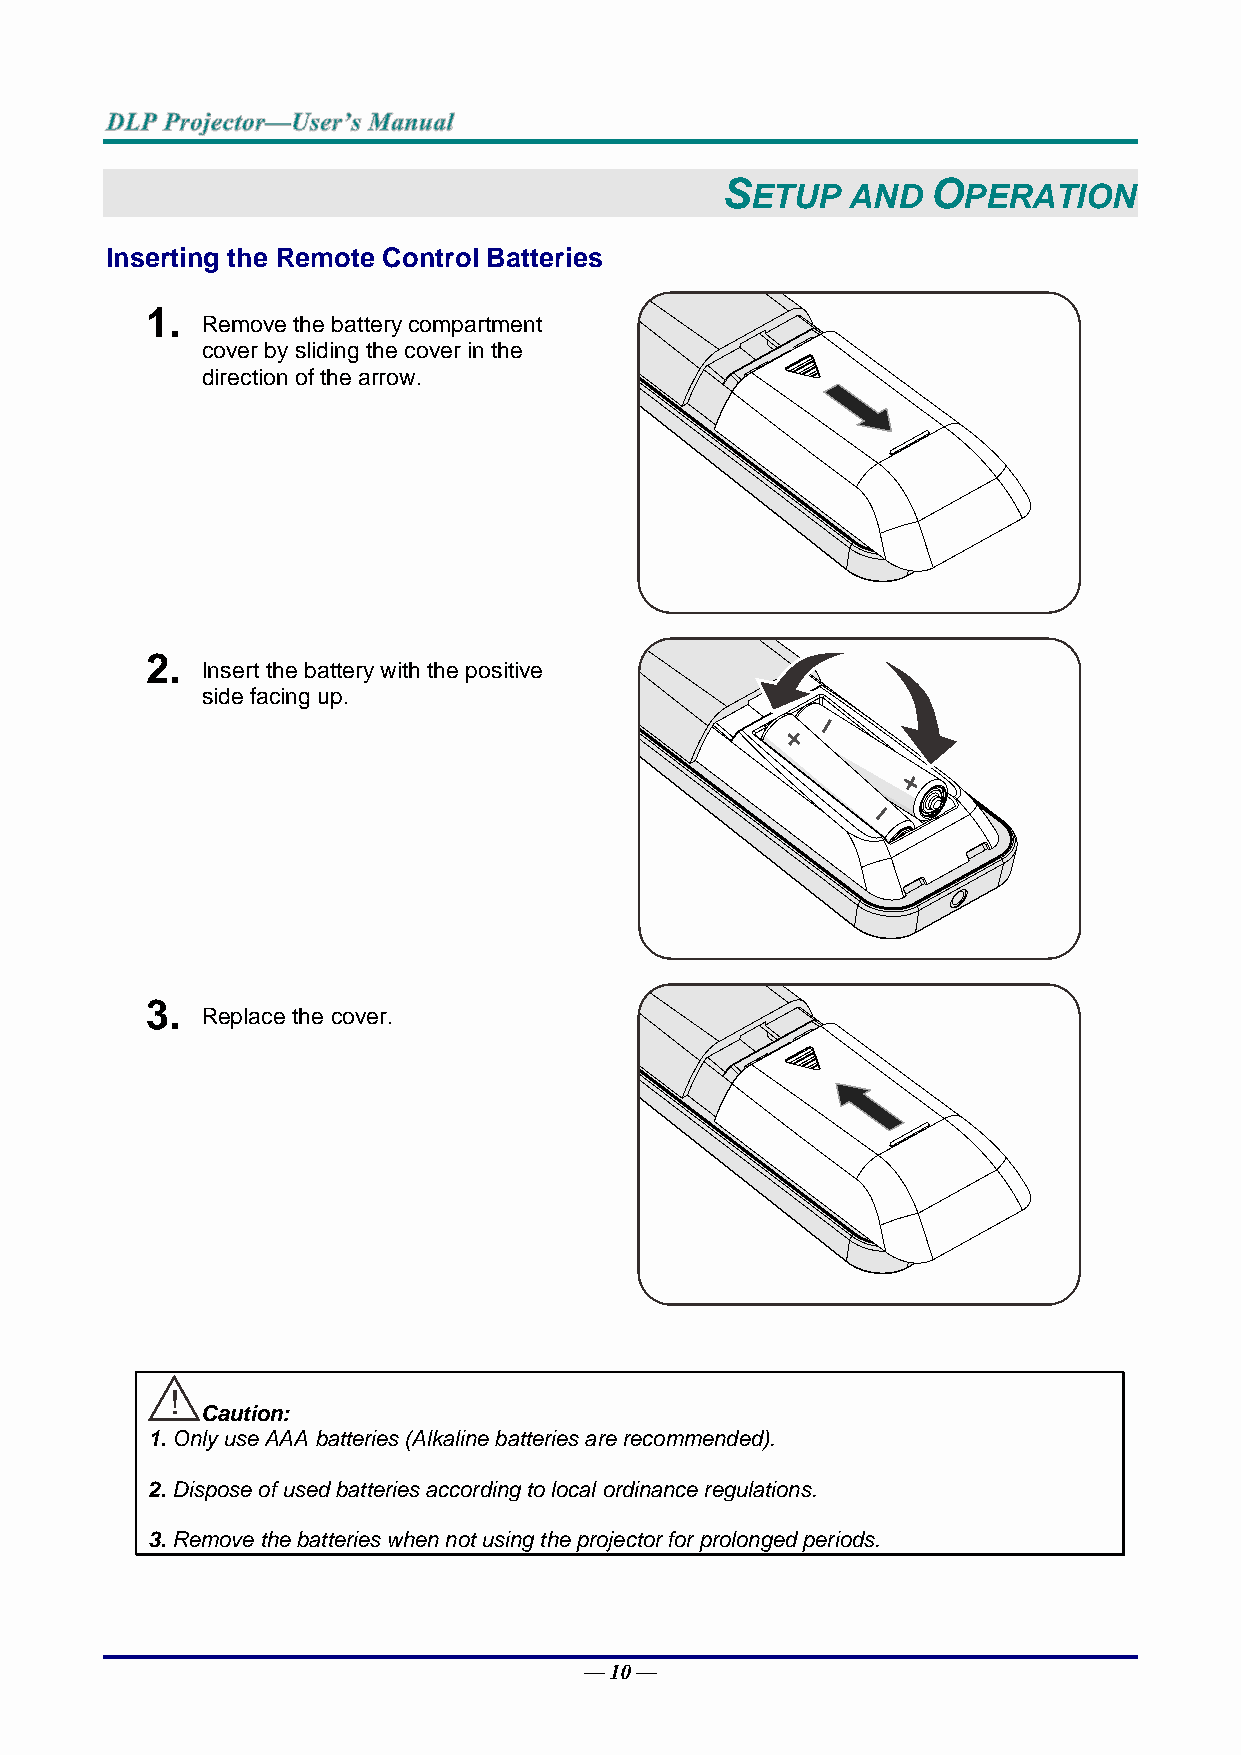
S             O
 ETUP  AND     PERATION
 Inserting the Remote Control Batteries
 1.
 Remove the battery compartment
 cover by sliding the cover in the
 direction of the arrow.
 2.
 Insert the battery with the positive
 side facing up.
 3.
 Replace the cover.
 ！
 Caution:
 1. Only use AAA batteries (Alkaline batteries are recommended).
 2. Dispose of used batteries according to local ordinance regulations.
 3. Remove the batteries when not using the projector for prolonged periods.
 — 10 —